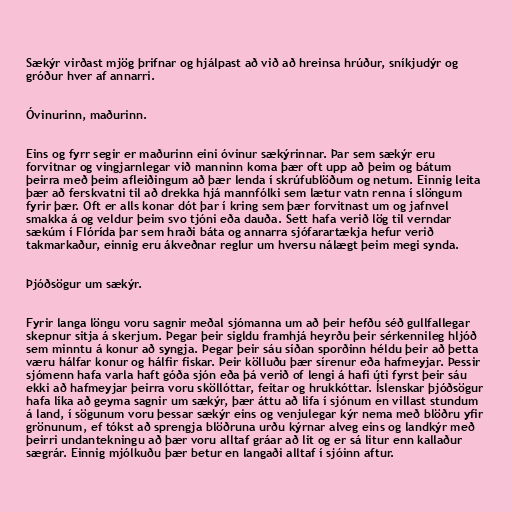
Sækýr virðast mjög þrifnar og hjálpast að við að hreinsa hrúður, sníkjudýr og
gróður hver af annarri.

Óvinurinn, maðurinn.

Eins og fyrr segir er maðurinn eini óvinur sækýrinnar. Þar sem sækýr eru
forvitnar og vingjarnlegar við manninn koma þær oft upp að þeim og bátum
þeirra með þeim afleiðingum að þær lenda í skrúfublöðum og netum. Einnig leita
þær að ferskvatni til að drekka hjá mannfólki sem lætur vatn renna í slöngum
fyrir þær. Oft er alls konar dót þar í kring sem þær forvitnast um og jafnvel
smakka á og veldur þeim svo tjóni eða dauða. Sett hafa verið lög til verndar
sækúm í Flórída þar sem hraði báta og annarra sjófarartækja hefur verið
takmarkaður, einnig eru ákveðnar reglur um hversu nálægt þeim megi synda.

Þjóðsögur um sækýr.

Fyrir langa löngu voru sagnir meðal sjómanna um að þeir hefðu séð gullfallegar
skepnur sitja á skerjum. Þegar þeir sigldu framhjá heyrðu þeir sérkennileg hljóð
sem minntu á konur að syngja. Þegar þeir sáu síðan sporðinn héldu þeir að þetta
væru hálfar konur og hálfir fiskar. Þeir kölluðu þær sírenur eða hafmeyjar. Þessir
sjómenn hafa varla haft góða sjón eða þá verið of lengi á hafi úti fyrst þeir sáu
ekki að hafmeyjar þeirra voru sköllóttar, feitar og hrukkóttar. Íslenskar þjóðsögur
hafa líka að geyma sagnir um sækýr, þær áttu að lifa í sjónum en villast stundum
á land, í sögunum voru þessar sækýr eins og venjulegar kýr nema með blöðru yfir
grönunum, ef tókst að sprengja blöðruna urðu kýrnar alveg eins og landkýr með
þeirri undantekningu að þær voru alltaf gráar að lit og er sá litur enn kallaður
sægrár. Einnig mjólkuðu þær betur en langaði alltaf í sjóinn aftur.